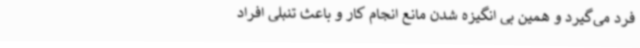
فرد می‌گیرد و همین بی انگیزه شدن مانع انجام کار و باعث تنبلی افراد